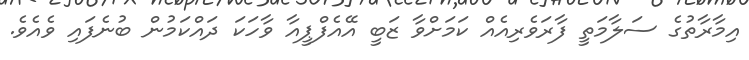
އިމާރާތުގެ ސަލާމަތީ ފާރަވެރިއެއް ކަމަށްވާ ޒަބީ އޭއެފްޕީއާ ވާހަކަ ދައްކަމުން ބުނެފައި ވެއެވެ.